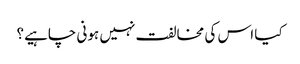
کیا اس کی مخالفت نہیں ہونی چاہیے؟